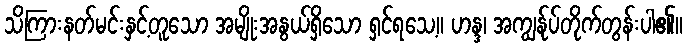
သိကြားနတ်မင်းနှင့်တူသော အမျိုးအနွယ်ရှိသော ရှင်ရသေ့။ ဟန္ဒ၊ အကျွန်ုပ်တိုက်တွန်းပါ၏။